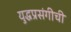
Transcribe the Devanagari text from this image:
युद्धप्रसंगीची